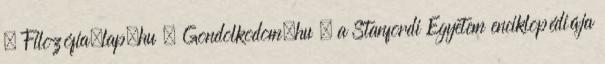
· Filozófia.lap.hu · Gondolkodom.hu · a Stanfordi Egyetem enciklopédiája